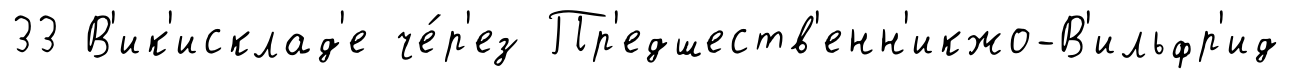
33 В'ик'исклад'е че́р'ез Пр'едшеств'енн'икжо-В'ильфр'ид